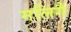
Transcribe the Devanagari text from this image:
मलिगै